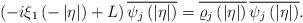
LaTeX: \begin{align*}\left(-i\xi_{1}\left(-\left|\eta\right|\right)+L\right)\overline{\psi_{j}\left(\left|\eta\right|\right)}=\overline{\varrho_{j}\left(\left|\eta\right|\right)}\,\overline{\psi_{j}\left(\left|\eta\right|\right)}.\end{align*}